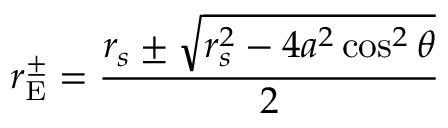
r _ { \mathrm { { E } } } ^ { \pm } = { \frac { r _ { s } \pm { \sqrt { r _ { s } ^ { 2 } - 4 a ^ { 2 } \cos ^ { 2 } \theta } } } { 2 } }